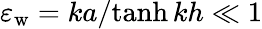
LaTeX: \varepsilon_{\mathrm{w}}={ka}/{\operatorname{tanh}kh}\ll 1